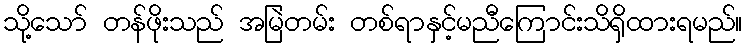
သို့သော် တန်ဖိုးသည် အမြဲတမ်း တစ်ရာနှင့်မညီကြောင်းသိရှိထားရမည်။